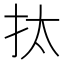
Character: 𢪯